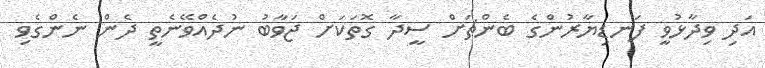
އަދި ވިދާޅުވީ ފަނޑިޔާރުންގެ ބެންޗަށް ސީދާ ގޮތަކަށް ޖަވާބު ނުދެއްވޭނެތީ ދެން ނެންގެވި